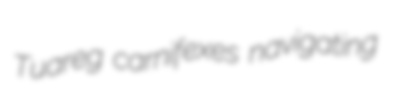
Tuareg carnifexes navigating